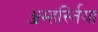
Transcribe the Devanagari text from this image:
ॲम्हर्स्तिया